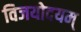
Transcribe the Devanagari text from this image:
विजयोदयम्